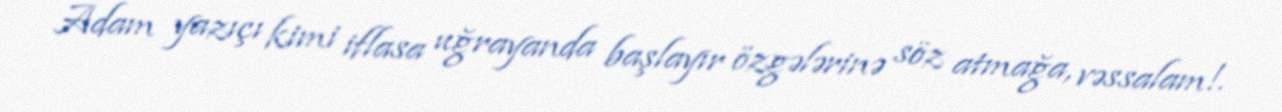
Adam yazıçı kimi iflasa uğrayanda başlayır özgələrinə söz atmağa, vəssalam!.